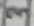
Text: 3